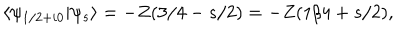
LaTeX: \langle \psi _ { 1 / 2 + i 0 } \vert \psi _ { s } \rangle = - Z ( 3 / 4 - s / 2 ) = - Z ( 1 / 4 + s / 2 ) ,